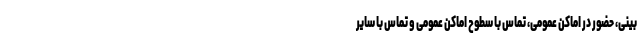
بینی، حضور در اماکن عمومی، تماس با سطوح اماکن عمومی و تماس با سایر